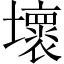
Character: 壞